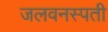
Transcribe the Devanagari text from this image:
जलवनस्पती